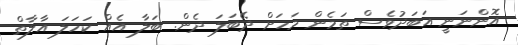
އޮންނަނީ އަބަދުވެސް ތަމެން މަހަށް ދޭބަލަ ދެން. ބަލާ އެއް ކަހަލަ އާލާތް